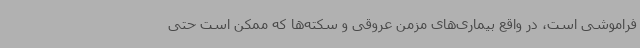
فراموشی است، در واقع بیماری‌های مزمن عروقی و سکته‌ها که ممکن است حتی